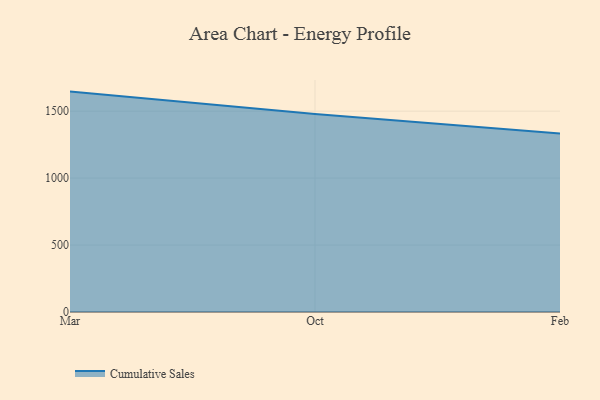
{"axis": {"x": "Month", "y": "Page Views"}, "legend": ["Cumulative Sales"], "data": [{"x": "Mar", "y": 1646.1, "type": "Cumulative Sales"}, {"x": "Oct", "y": 1479.4, "type": "Cumulative Sales"}, {"x": "Feb", "y": 1333.5, "type": "Cumulative Sales"}]}